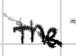
Text: the
Cross-out: diagonal
Writing tool: digital_black